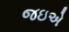
જઇએ